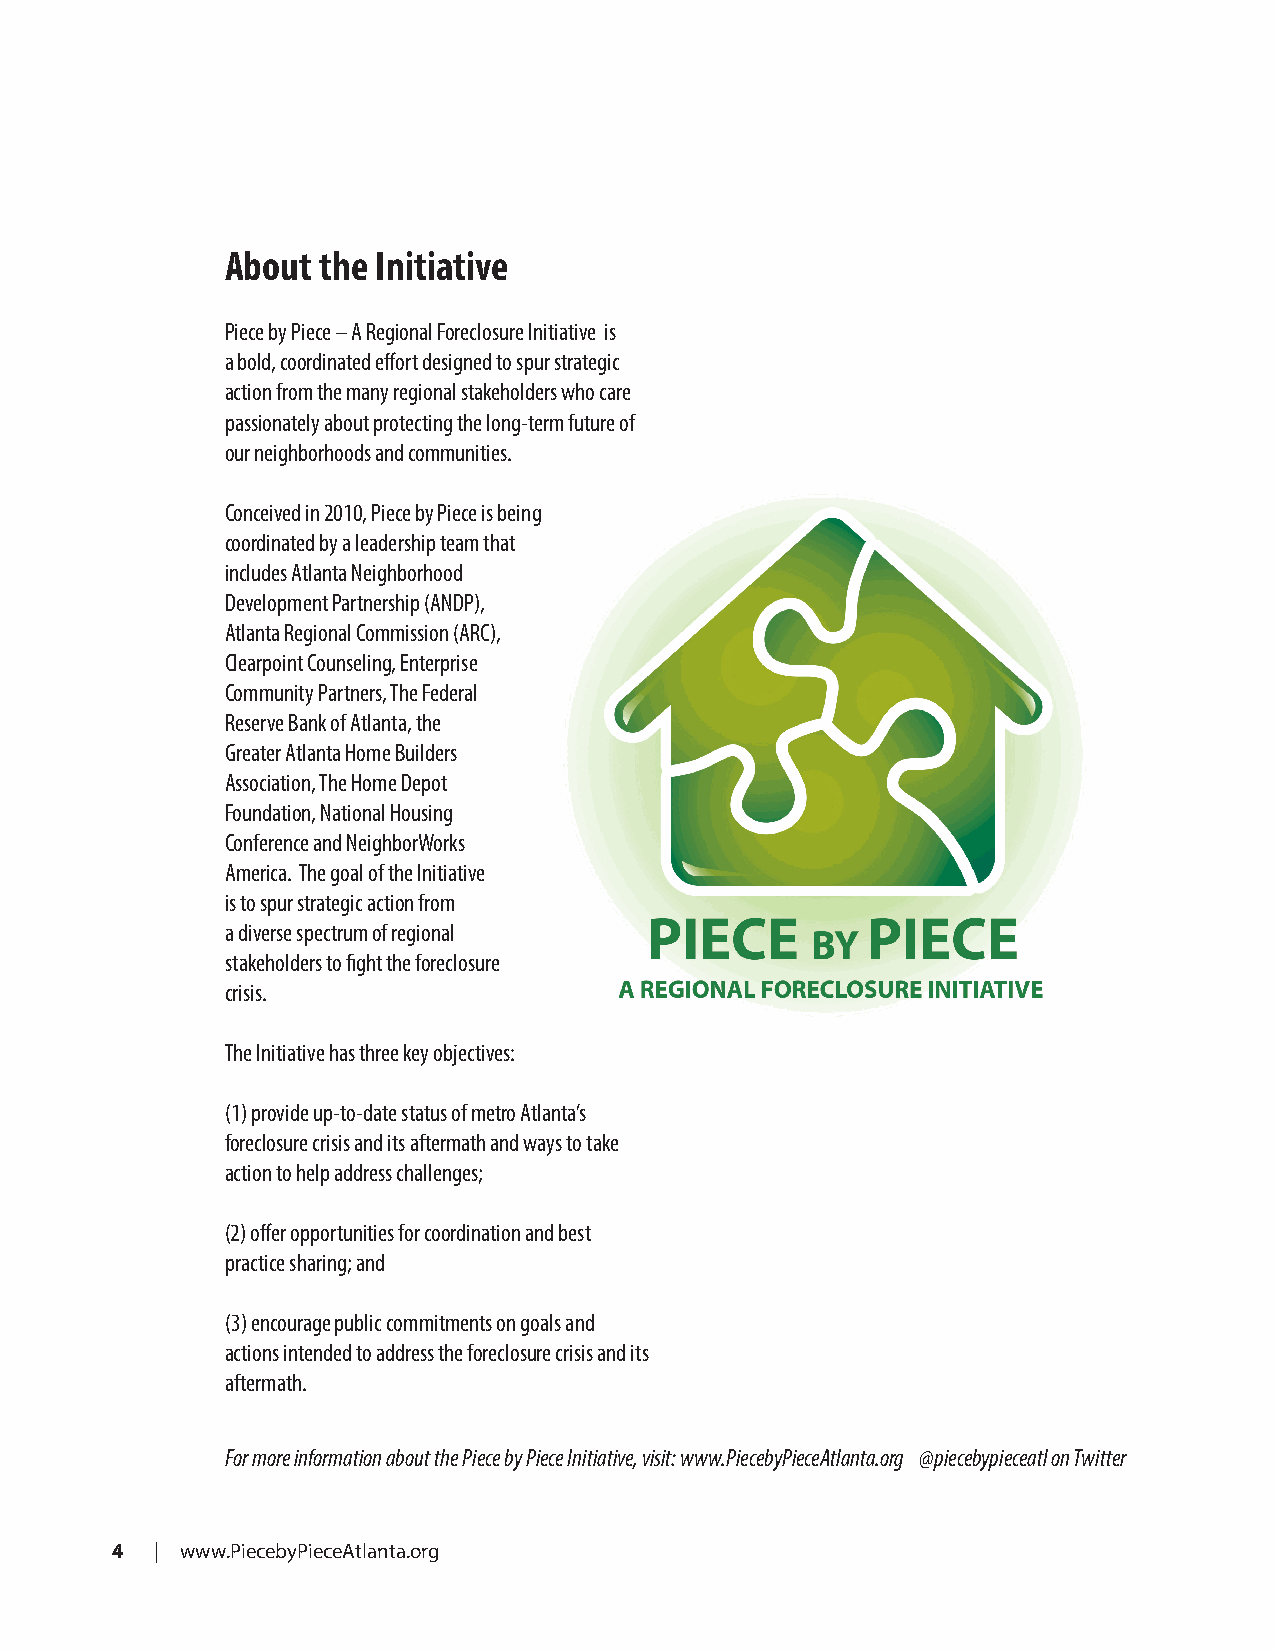
About the Initiative
 Piece by Piece – A Regional Foreclosure Initiative is
 a bold, coordinated effort designed to spur strategic
 action from the many regional stakeholders who care
 passionately about protecting the long-term future of
 our neighborhoods and communities.
 Conceived in 2010, Piece by Piece is being
 coordinated by a leadership team that
 includes Atlanta Neighborhood
 Development Partnership (ANDP),
 Atlanta Regional Commission (ARC),
 Clearpoint Counseling, Enterprise
 Community Partners, The Federal
 Reserve Bank of Atlanta, the
 Greater Atlanta Home Builders
 Association, The Home Depot
 Foundation, National Housing
 Conference and NeighborWorks
 America. The goal of the Initiative
 is to spur strategic action from
 a diverse spectrum of regional
 stakeholders to fight the foreclosure
 crisis.
 The Initiative has three key objectives:
 (1) provide up-to-date status of metro Atlanta’s
 foreclosure crisis and its aftermath and ways to take
 action to help address challenges;
 (2) offer opportunities for coordination and best
 practice sharing; and
 (3) encourage public commitments on goals and
 actions intended to address the foreclosure crisis and its
 aftermath.
 For more information about the Piece by Piece Initiative, visit: www.PiecebyPieceAtlanta.org @piecebypieceatl on Twitter
 4  | www.PiecebyPieceAtlanta.org